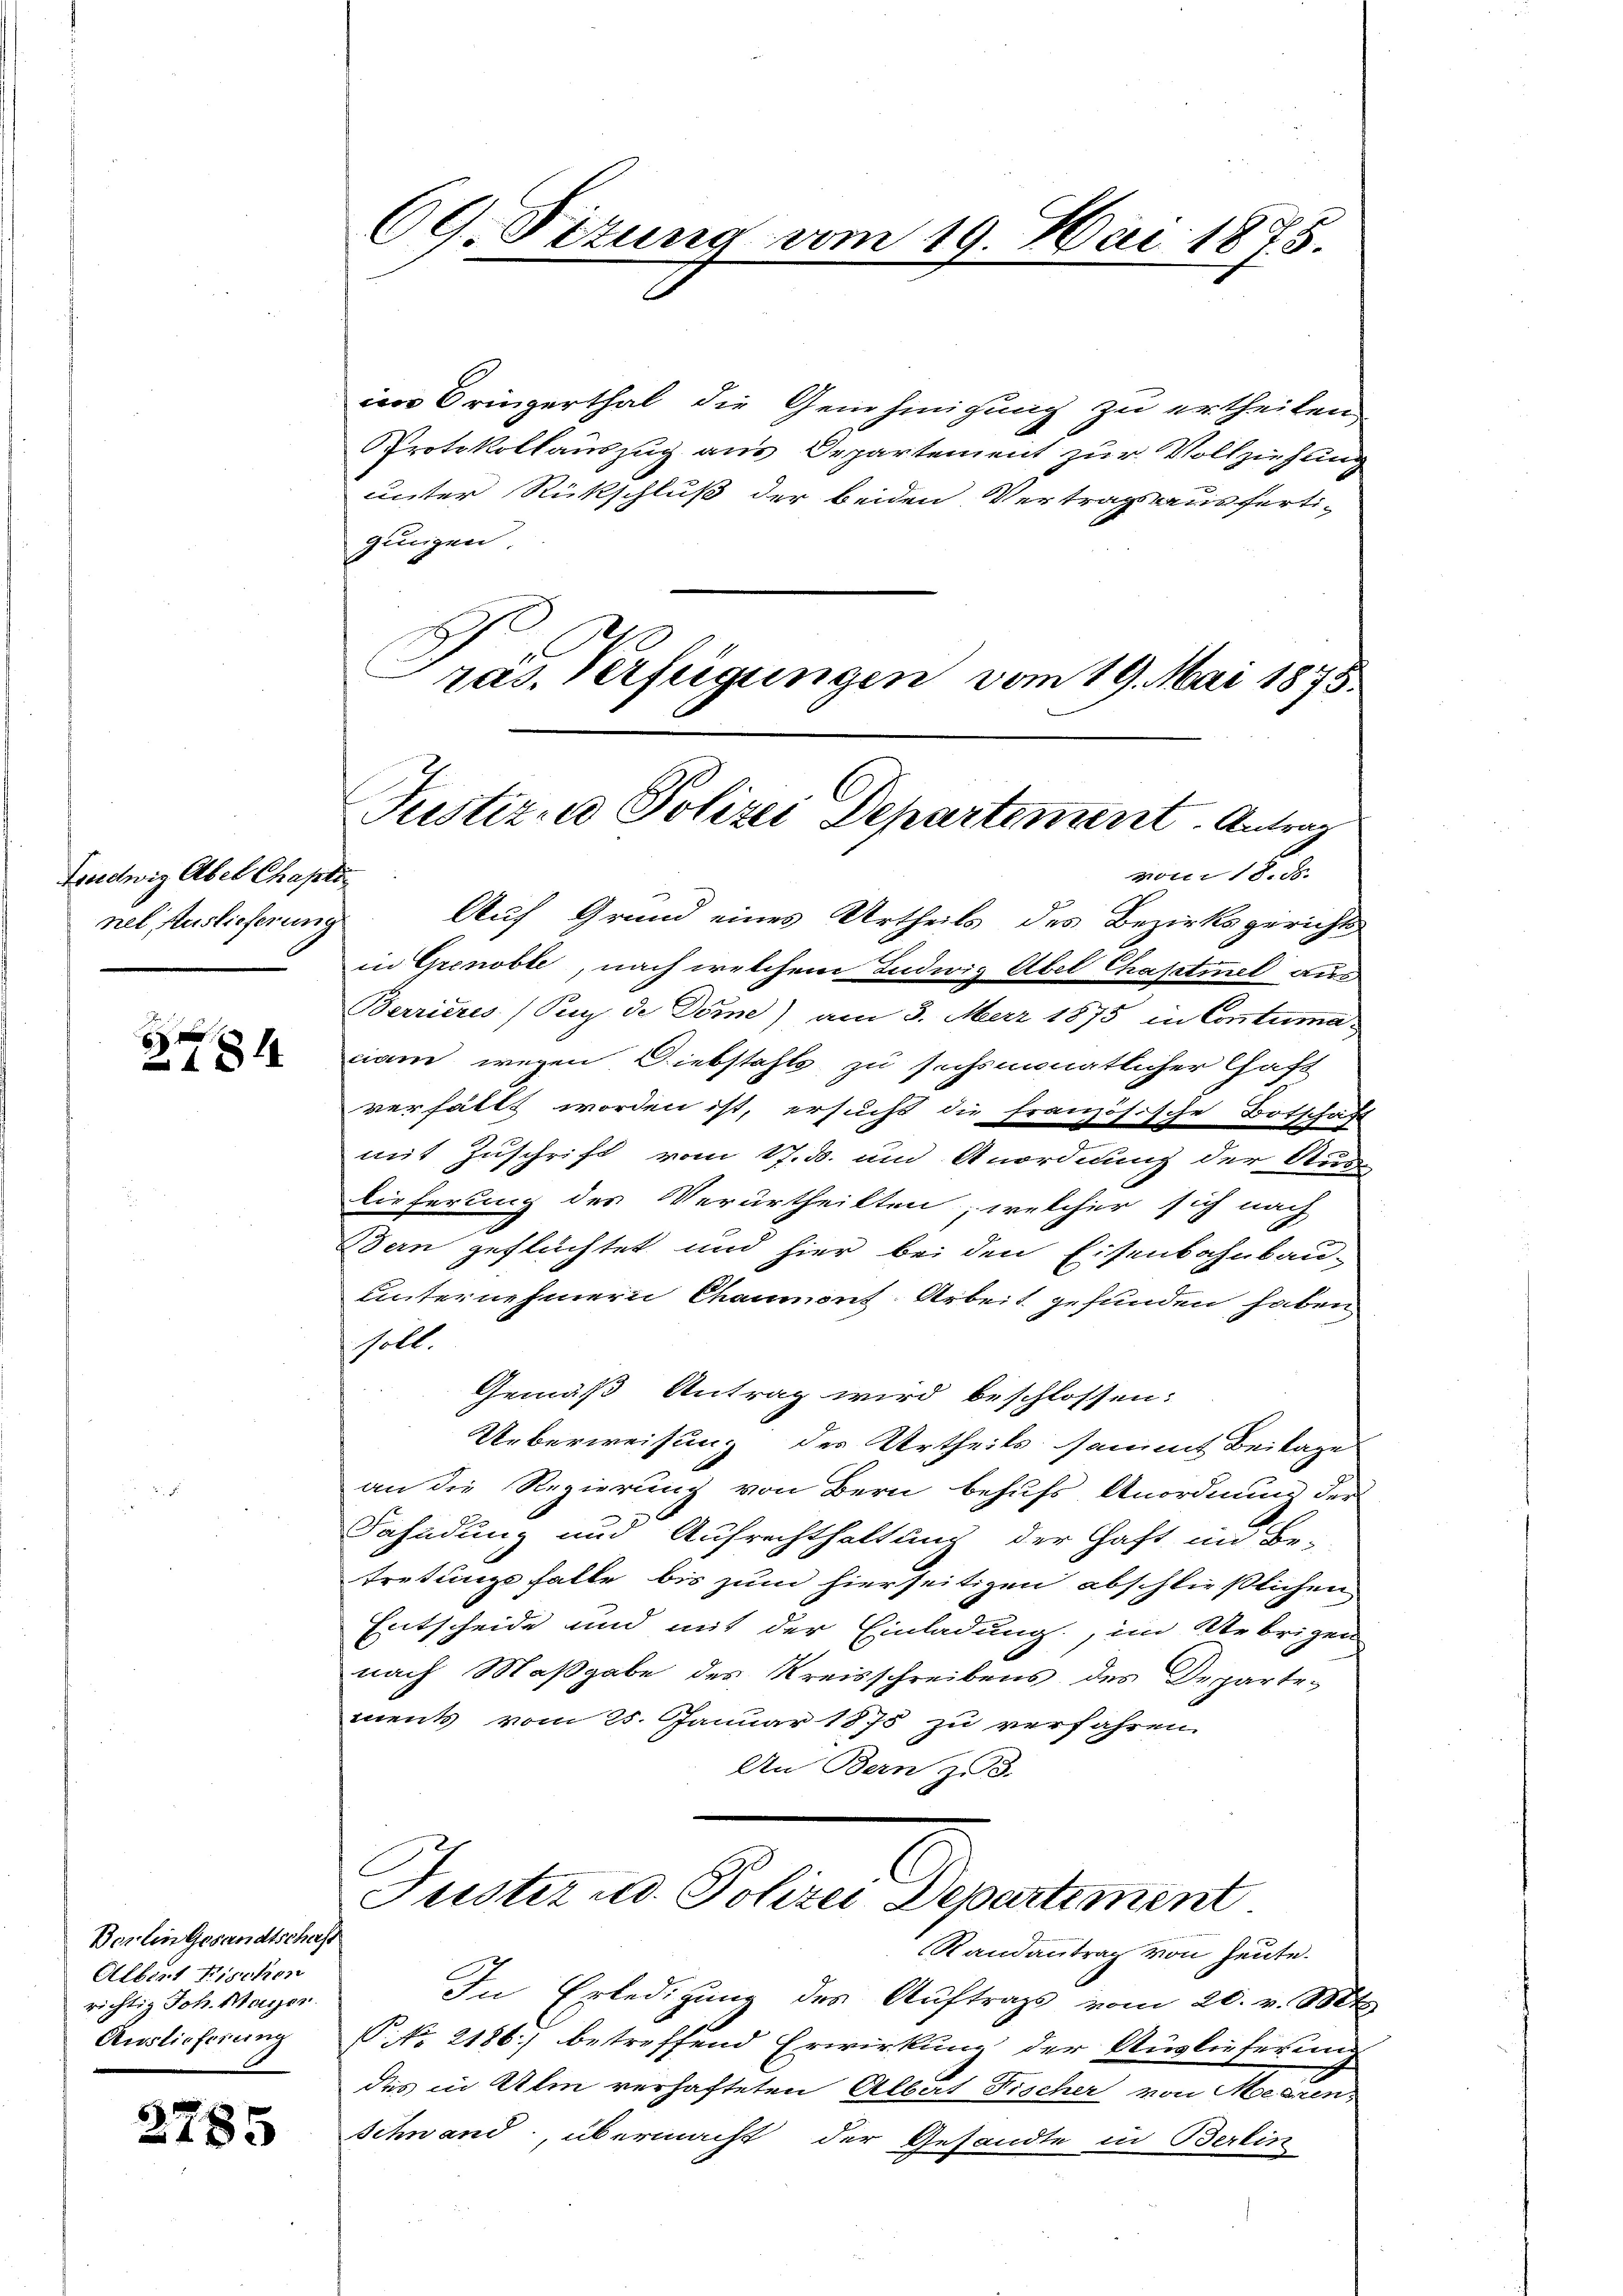
Ludwig Abel Chaptinel Auslieferung

81

Berlingesandtschaft
Albert Fischon
richtig Joh. Maÿer.
Auslieferung

2785

69. Setung vom 19. Mai 1875

im Bringerthal die Genehmigung zu ertheilen
Protokollauszug aus Departement zur Vollziehung
unter Rückschluß der beiden Vertragsausfertigungen.
Auf Grund eines Urtheils des Bezirksgericht
in Grenoble, nach welchem Ludwig Abel Chasstinel aus
Berrieres (Sup de Döme) am 3. März 1875 in Contuma-
ciam wegen Diebstahls zu sechsmonatlicher Chaft
verhällt worden ist, ersucht die französische Botschaft
mit Zuschrift vom 17. ds. und Anordnung der Aus-
Lieferung des Verurtheilten, welcher sich nach
dern geflüchtet und hier bei den Eisenbahnbau-
unternehmern Chaumont-Arbeit gefunden haben
soll.
Gemäß Antrag wird beschlossen:
Ueberweisung des Urtheils sammt Beilage
an die Regierung von Bern behufs Anordnung der
Fahndung um Aufrechthaltung der Haft im Be-
Tretungefalle bis zum hierseitigen abschließlichen
Entscheide und mit der Einladung, im Uebrigen
nach Maßgabe des Kreisschreibens des Departement vom 25. Januar 1875 zu verfahren.
An Bern zu 3.

Pras. Verfügungen vom 19. Mai 1875.
Justiz- u Polizei Departement. Antrag
vom 18. d.

Justiz und Polizei Departement

Randantrag von heute.
In Erledigung des Auftrags vom 20. v. Mt
P. Nr. 2186) betreffend Erwirkung der Auslieferung
des in Alm verhafteten Albert Fischer von Meeren¬
Schwand, übermacht der Gesandte in Berlin